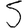
Digit: 5